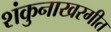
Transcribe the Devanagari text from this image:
शंकुनाखरगीत